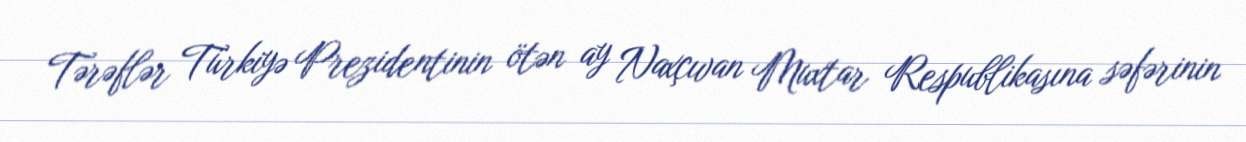
Tərəflər Türkiyə Prezidentinin ötən ay Naxçıvan Muxtar Respublikasına səfərinin